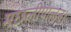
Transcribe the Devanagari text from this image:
मछलीपालन।